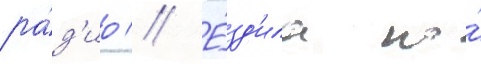
ра́д'ио // Е́зд'ила по́